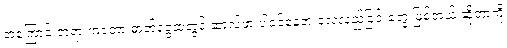
အကြောင်းတရားကတော့ ဓာတ်ငွေ့ထဲတွင် ဆာလ်ဖာ ပါဝင်နေတဲ့ လေလည်ခြင်းတွေ ဖြစ်တယ် ဆိုတာကို